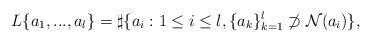
LaTeX: \begin{align*}L\{a_1,...,a_l\}=\sharp \{a_i : 1\le i\le l,\{a_k\}_{k=1}^l \not\supset {\cal N} (a_i )\}, \end{align*}